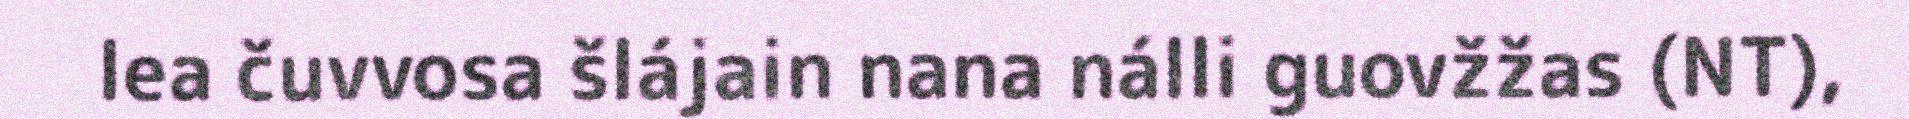
lea čuvvosa šlájain nana nálli guovžžas (NT),